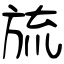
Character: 旈